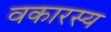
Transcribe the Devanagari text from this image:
वकारस्य